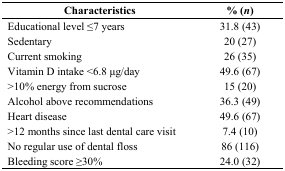
<table><thead><tr><td><b>Characteristics</b></td><td><b>% (<i>n</i>)</b></td></tr></thead><tbody><tr><td>Educational level ≤7 years</td><td>31.8 (43)</td></tr><tr><td>Sedentary </td><td>20 (27)</td></tr><tr><td>Current smoking</td><td>26 (35)</td></tr><tr><td>Vitamin D intake &lt;6.8 μg/day</td><td>49.6 (67)</td></tr><tr><td>&gt;10% energy from sucrose</td><td>15 (20)</td></tr><tr><td>Alcohol above recommendations</td><td>36.3 (49)</td></tr><tr><td>Heart disease </td><td>49.6 (67)</td></tr><tr><td>&gt;12 months since last dental care visit</td><td>7.4 (10)</td></tr><tr><td>No regular use of dental floss</td><td>86 (116)</td></tr><tr><td>Bleeding score ≥30%</td><td>24.0 (32)</td></tr></tbody></table>